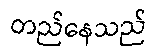
တည်နေသည်